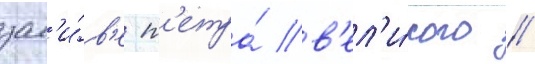
зал'и́в'е п'етра́ в'ел'и́кого //